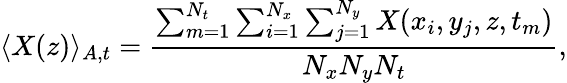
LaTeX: \langle X(z)\rangle_{A,t}=\frac{\sum_{m=1}^{N_{t}}\sum_{i=1}^{N_{x}}\sum_{j=1}^{N_{y}}X(x_{i},y_{j},z,t_{m})}{N_{x}N_{y}N_{t}},